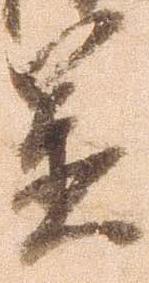
置